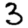
Digit: 3